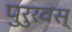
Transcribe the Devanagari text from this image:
पुरुरवस्‌